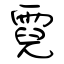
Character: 霓